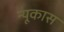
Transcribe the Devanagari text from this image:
न्यूकास